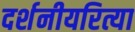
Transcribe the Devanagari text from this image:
दर्शनीयरित्या